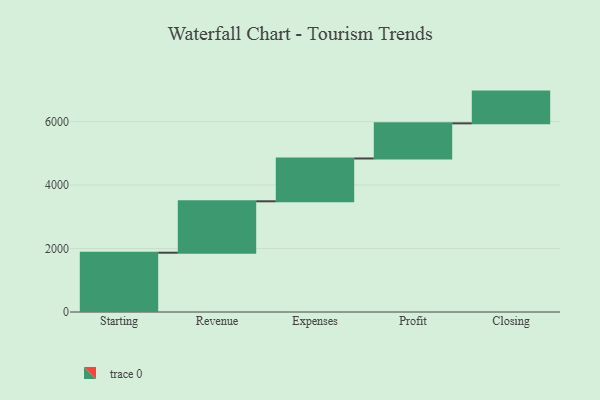
{"axis": {"x": "Step", "y": "Value"}, "legend": [""], "data": [{"x": "Starting", "y": 1868.0, "type": ""}, {"x": "Revenue", "y": 1620.0, "type": ""}, {"x": "Expenses", "y": 1349.0, "type": ""}, {"x": "Profit", "y": 1107.0, "type": ""}, {"x": "Closing", "y": 1000, "type": ""}]}